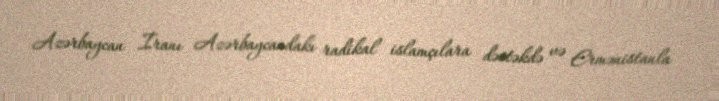
Azərbaycan İranı Azərbaycandakı radikal islamçılara dəstəkdə və Ermənistanla